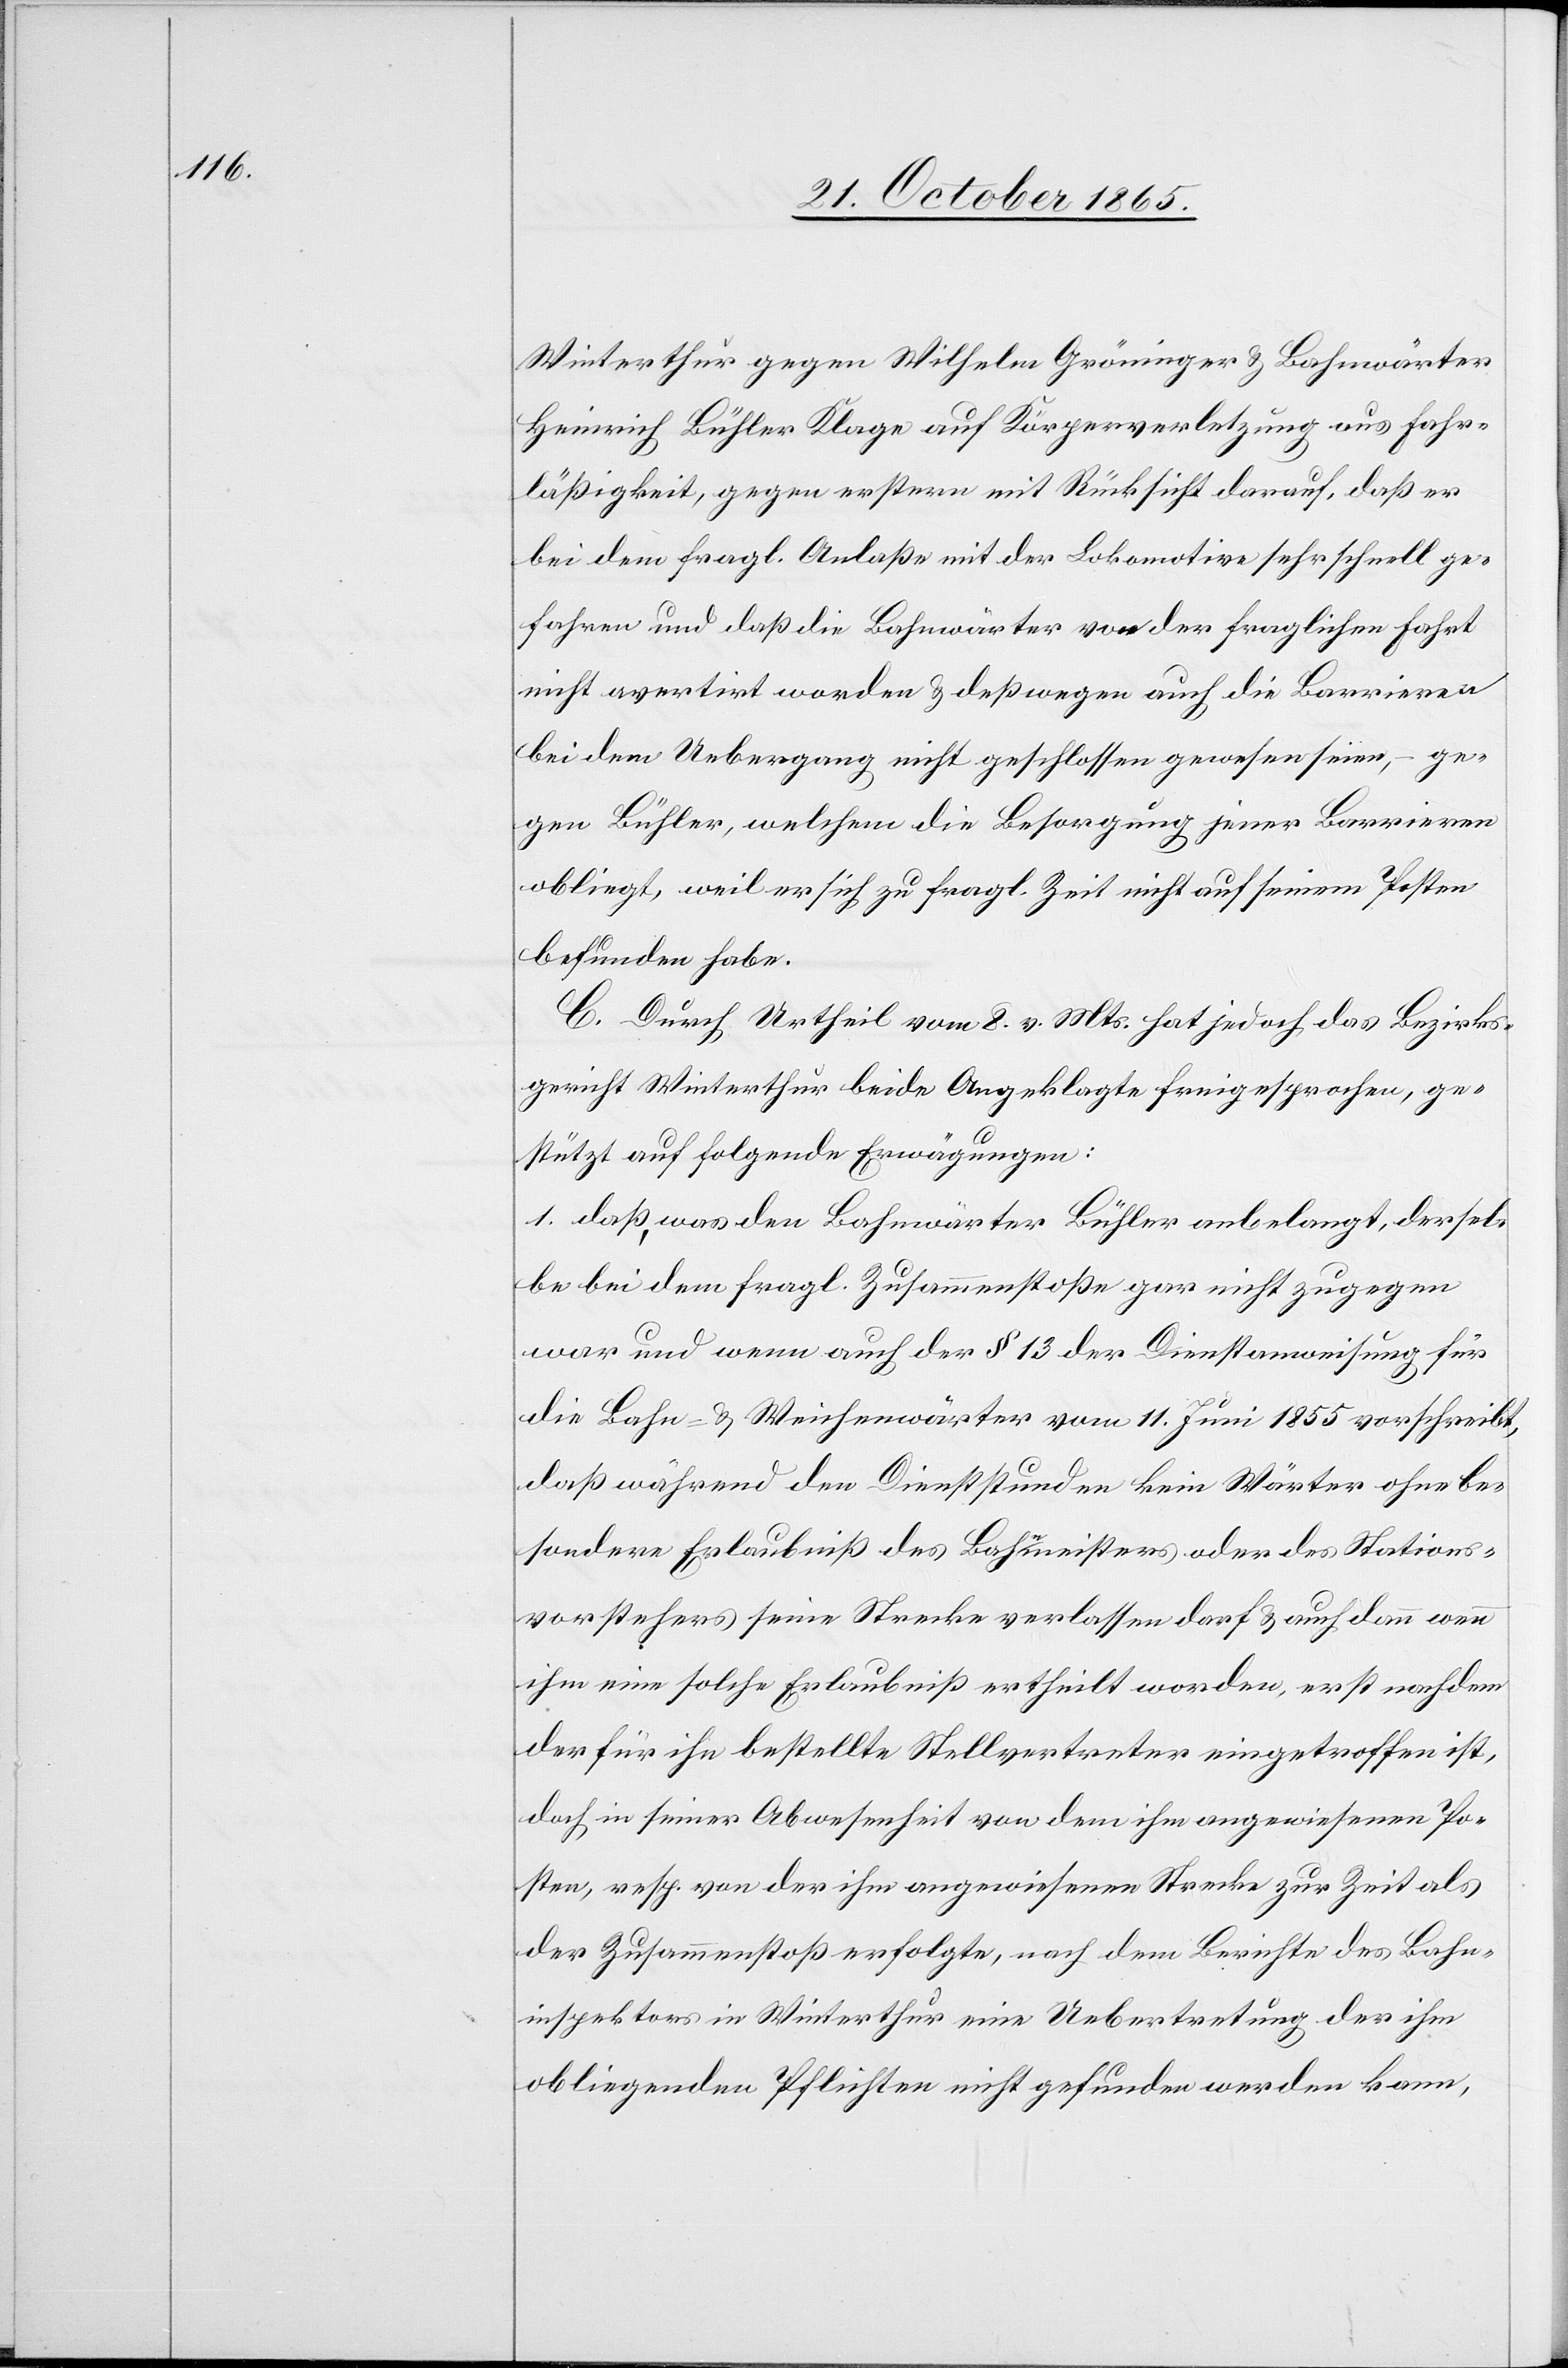
Winterthur gegen Wilhelm Gröninger & Bahnwärter
Heinrich Bühler Klage auf Körperverletzung aus Fahr¬
läßigkeit, gegen erstern mit Rücksicht darauf, daß er
bei dem fragl. Anlaße mit der Lokomotive sehr schnell ge¬
fahren und daß die Bahnwärter von der fraglichen Fahrt
nicht avertirt worden & deßwegen auch die Barrieren
bei dem Uebergang nicht geschlossen gewesen seien, – ge¬
gen Bühler, welchem die Besorgung jener Barrieren
obliegt, weil er sich zu fragl. Zeit nicht auf seinem Posten
befunden habe.
C. Durch Urtheil vom 8. v. Mts. hat jedoch das Bezirks¬
gericht Winterthur beide Angeklagte freigesprochen, ge¬
stützt auf folgende Erwägungen:
1. daß, was den Bahnwärter Bühler anbelangt, dersel¬
be bei dem fragl. Zusammenstoße gar nicht zugegen
war und wenn auch der § 13 der Dienstanweisung für
die Bahn- & Weichenwärter vom 11. Juni 1855 vorschreibt,
daß während den Dienststunden kein Wärter ohne be¬
sondere Erlaubniß des Bahnmeisters oder des Stations¬
vorstehers seine Strecke verlassen darf & auch dann wenn
ihm eine solche Erlaubniß ertheilt worden, erst nachdem
der für ihn bestellte Stellvertreter eingetroffen ist,
doch in seiner Abwesenheit von dem ihm angewiesenen Po¬
sten, resp. von der ihm angewiesenen Strecke zur Zeit als
der Zusammenstoß erfolgte, nach dem Berichte des Bahn¬
inspektors in Winterthur eine Uebertretung der ihm
obliegenden Pflichten nicht gefunden werden kann,